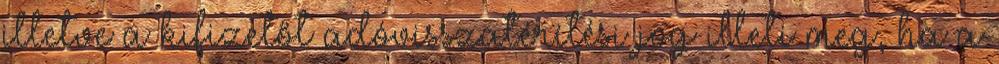
illetve a kifizetőt adóvisszatérítési jog illeti meg, ha a